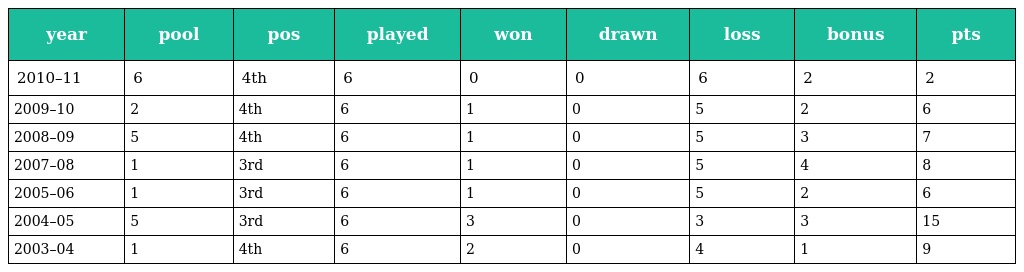
| year | pool | pos | played | won | drawn | loss | bonus | pts |
 | --- | --- | --- | --- | --- | --- | --- | --- | --- |
 | 2010–11 | 6 | 4th | 6 | 0 | 0 | 6 | 2 | 2 |
 | 2009–10 | 2 | 4th | 6 | 1 | 0 | 5 | 2 | 6 |
 | 2008–09 | 5 | 4th | 6 | 1 | 0 | 5 | 3 | 7 |
 | 2007–08 | 1 | 3rd | 6 | 1 | 0 | 5 | 4 | 8 |
 | 2005–06 | 1 | 3rd | 6 | 1 | 0 | 5 | 2 | 6 |
 | 2004–05 | 5 | 3rd | 6 | 3 | 0 | 3 | 3 | 15 |
 | 2003–04 | 1 | 4th | 6 | 2 | 0 | 4 | 1 | 9 |